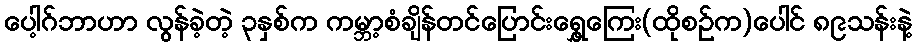
ပေါ့ဂ်ဘာဟာ လွန်ခဲ့တဲ့ ၃နှစ်က ကမ္ဘာ့စံချိန်တင်ပြောင်းရွှေ့ကြေး(ထိုစဉ်က)ပေါင် ၈၉သန်းနဲ့